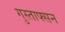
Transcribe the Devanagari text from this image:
गुस्ताफ्सन